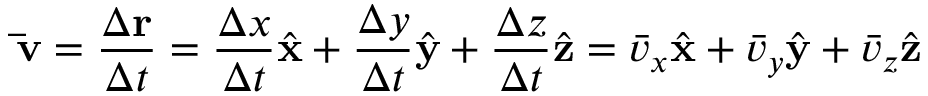
\mathbf { \bar { v } } = { \frac { \Delta \mathbf { r } } { \Delta t } } = { \frac { \Delta x } { \Delta t } } { \hat { \mathbf { x } } } + { \frac { \Delta y } { \Delta t } } { \hat { \mathbf { y } } } + { \frac { \Delta z } { \Delta t } } { \hat { \mathbf { z } } } = { \bar { v } } _ { x } { \hat { \mathbf { x } } } + { \bar { v } } _ { y } { \hat { \mathbf { y } } } + { \bar { v } } _ { z } { \hat { \mathbf { z } } }